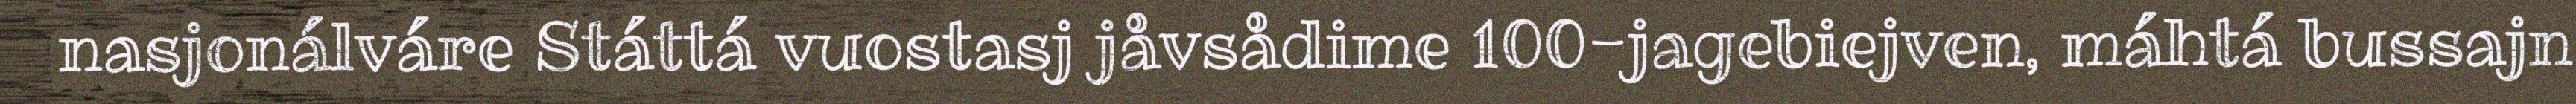
nasjonálváre Státtá vuostasj jåvsådime 100-jagebiejven, máhtá bussajn